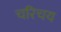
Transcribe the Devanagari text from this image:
चरिचय